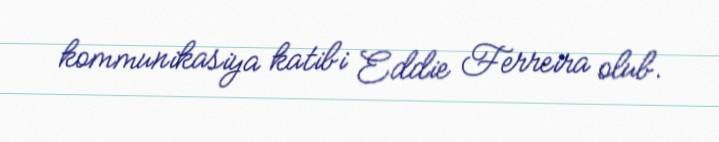
kommunikasiya katibi Eddie Ferreira olub.